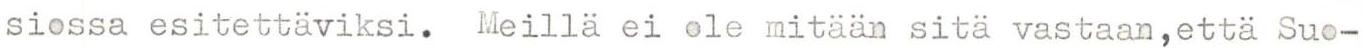
siossa esitettäviksi. Meillä ei ole mitään sitä vastaan,että Suo-